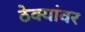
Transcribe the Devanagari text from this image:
ठेक्यांवर